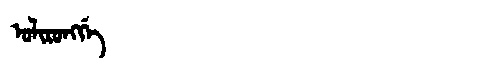
Manchu: ᠣᠯᡳᡵᠣᠩᡤᡝ
Romanization: OLIRONGGE